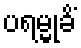
ပရမ္မုခိံ